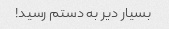
بسیار دیر به دستم رسید!